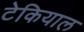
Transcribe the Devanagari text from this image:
टेकियाल